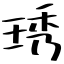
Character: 琇